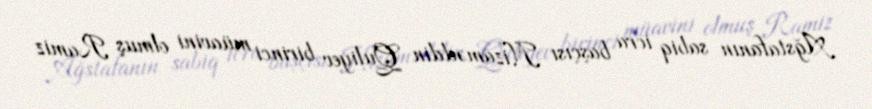
Ağstafanın sabiq icra başçısı Nizaməddin Quliyev birinci müavini olmuş Ramiz